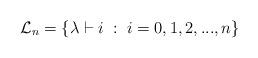
LaTeX: \begin{align*}{\cal L}_n =\{ \lambda \vdash i \; : \; i=0,1,2,...,n \}\end{align*}